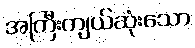
အကြီးကျယ်ဆုံးသော